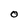
Character: O